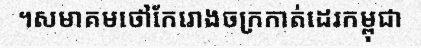
។សមាគមថៅកែរោងចក្រកាត់ដេរកម្ពុជា